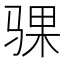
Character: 骒